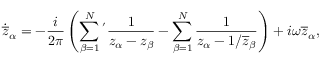
\dot { \overline { z } } _ { \alpha } = - \frac { i } { 2 \pi } \left( \sum _ { \beta = 1 } ^ { N } \phantom { } ^ { ' } \frac { 1 } { z _ { \alpha } - z _ { \beta } } - \sum _ { \beta = 1 } ^ { N } \frac { 1 } { z _ { \alpha } - 1 / \overline { { z } } _ { \beta } } \right) + i \omega \overline { { z } } _ { \alpha } ,